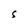
Character: S